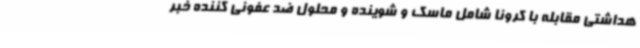
هداشتی مقابله با کرونا شامل ماسک و شوینده و محلول ضد عفونی کننده خبر